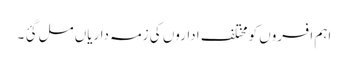
اہم افسروں کو مختلف اداروں کی زمہ داریاں مل گئ ۔